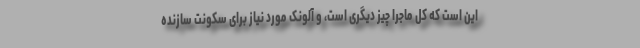
این است که کل ماجرا چیز دیگری است، و آلونک مورد نیاز برای سکونت سازنده